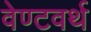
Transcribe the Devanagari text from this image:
वेण्टवर्थ